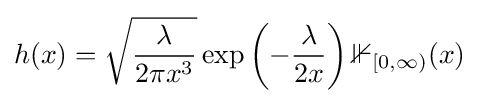
h(x)={\sqrt {\frac {\lambda }{2\pi x^{3}}}}\exp \left(-{\frac {\lambda }{2x}}\right)\mathbb {1} _{[0,\infty )}(x)